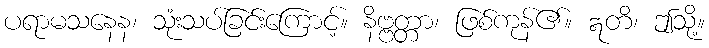
ပရာမသနေန၊ သုံးသပ်ခြင်းကြောင့်။ နိဗ္ဗတ္တာ၊ ဖြစ်ကုန်၏။ ဣတိ၊ ဤသို့။